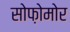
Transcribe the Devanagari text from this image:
सोफ़ोमोर